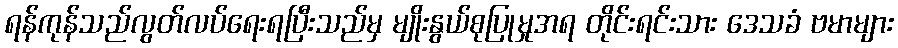
ရန်ကုန်သည်လွတ်လပ်ရေးရပြီးသည်မှ မျိုးနွယ်စုပြုမှုအရ တိုင်းရင်းသား ဒေသခံ ဗမာများ